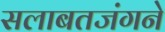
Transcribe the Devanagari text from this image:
सलाबतजंगने